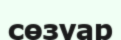
сөзуар